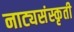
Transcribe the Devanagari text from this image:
नाट्यसंस्कृती